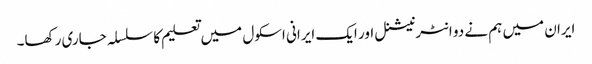
ایران میں ہم نے دو انٹرنیشنل اور ایک ایرانی اسکول میں تعلیم کا سلسلہ جاری رکھا۔